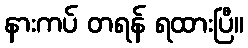
နားကပ် တရန် ရထားပြီ။